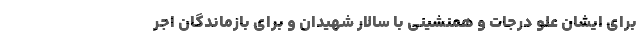
برای ایشان علو درجات و همنشینی با سالار شهیدان و برای بازماندگان اجر